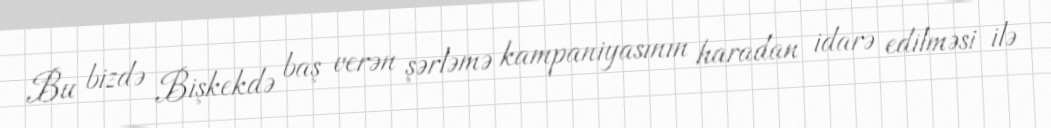
Bu bizdə Bişkekdə baş verən şərləmə kampaniyasının haradan idarə edilməsi ilə